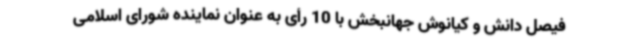
فیصل دانش و کیانوش جهانبخش با 10 رأی به عنوان نماینده شورای اسلامی